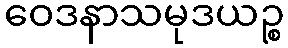
ဝေဒနာသမုဒယဉ္စ